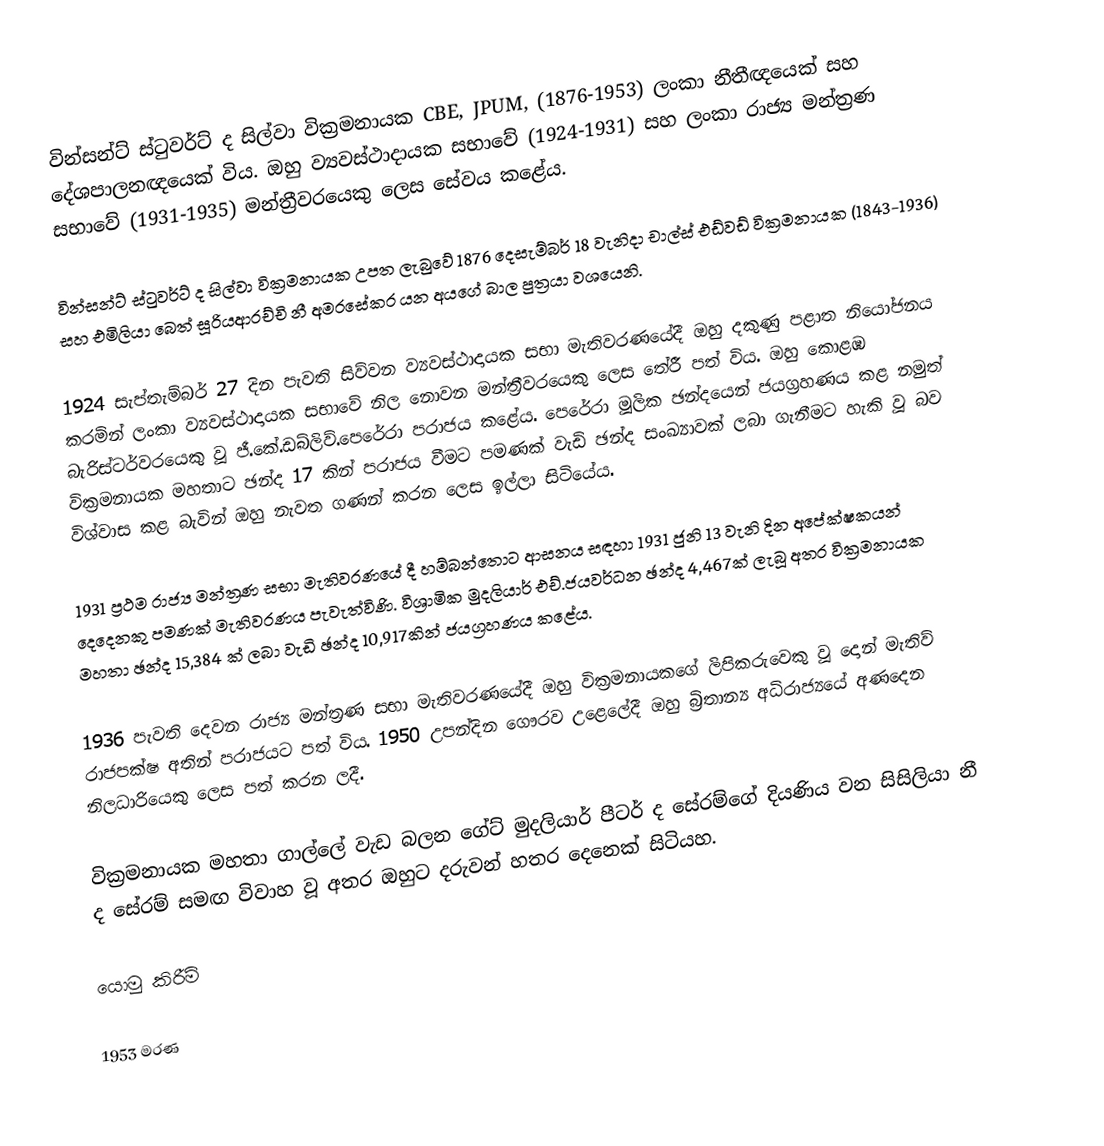
වින්සන්ට් ස්ටුවර්ට් ද සිල්වා වික්‍රමනායක CBE, JPUM, (1876-1953) ලංකා නීතීඥයෙක් සහ දේශපාලනඥයෙක් විය. ඔහු ව්‍යවස්ථාදායක සභාවේ (1924-1931) සහ ලංකා රාජ්‍ය මන්ත්‍රණ සභාවේ (1931-1935) මන්ත්‍රීවරයෙකු ලෙස සේවය කළේය.

වින්සන්ට් ස්ටුවර්ට් ද සිල්වා වික්‍රමනායක උපත ලැබුවේ 1876 දෙසැම්බර් 18 වැනිදා චාල්ස් එඩ්වඩ් වික්‍රමනායක (1843-1936) සහ එමිලියා බෙත් සූරියආරච්චි නී අමරසේකර යන අයගේ බාල පුත්‍රයා වශයෙනි.

1924 සැප්තැම්බර් 27 දින පැවති සිව්වන ව්‍යවස්ථාදායක සභා මැතිවරණයේදී ඔහු දකුණු පළාත නියෝජනය කරමින් ලංකා ව්‍යවස්ථාදායක සභාවේ නිල නොවන මන්ත්‍රීවරයෙකු ලෙස තේරී පත් විය. ඔහු කොළඹ බැරිස්ටර්වරයෙකු වූ ජී.කේ.ඩබ්ලිව්.පෙරේරා පරාජය කළේය. පෙරේරා මූලික ඡන්දයෙන් ජයග්‍රහණය කළ නමුත් වික්‍රමනායක මහතාට ඡන්ද 17 කින් පරාජය වීමට පමණක් වැඩි ඡන්ද සංඛ්‍යාවක් ලබා ගැනීමට හැකි වූ බව විශ්වාස කළ බැවින් ඔහු නැවත ගණන් කරන ලෙස ඉල්ලා සිටියේය.

1931 ප්‍රථම රාජ්‍ය මන්ත්‍රණ සභා මැතිවරණයේ දී හම්බන්තොට ආසනය සඳහා 1931 ජුනි 13 වැනි දින අපේක්ෂකයන් දෙදෙනකු පමණක් මැතිවරණය පැවැත්විණි. විශ්‍රාමික මුදලියාර් එච්.ජයවර්ධන ඡන්ද 4,467ක් ලැබූ අතර වික්‍රමනායක මහතා ඡන්ද 15,384 ක් ලබා වැඩි ඡන්ද 10,917කින්  ජයග්‍රහණය කළේය.

1936 පැවති දෙවන රාජ්‍ය මන්ත්‍රණ සභා මැතිවරණයේදී ඔහු වික්‍රමනායකගේ ලිපිකරුවෙකු වූ දොන් මැතිව් රාජපක්ෂ අතින් පරාජයට පත් විය. 1950 උපන්දින ගෞරව උළෙලේදී ඔහු බ්‍රිතාන්‍ය අධිරාජ්‍යයේ අණදෙන නිලධාරියෙකු ලෙස පත් කරන ලදී.

වික්‍රමනායක මහතා ගාල්ලේ වැඩ බලන ගේට් මුදලියාර් පීටර් ද සේරම්ගේ දියණිය වන සිසිලියා නී ද සේරම් සමඟ විවාහ වූ අතර ඔහුට දරුවන් හතර දෙනෙක් සිටියහ.

යොමු කිරීම්

1953 මරණ